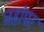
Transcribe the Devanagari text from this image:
जहांपर